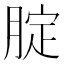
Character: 腚